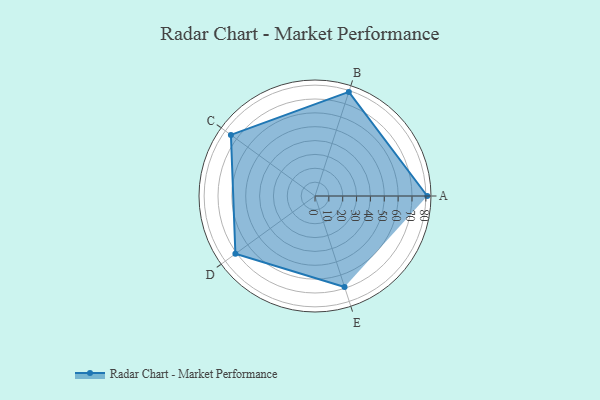
{"axis": {"x": "Skill", "y": "Score"}, "legend": ["Profile"], "data": [{"x": "A", "y": 81.0, "type": "Profile"}, {"x": "B", "y": 79.0, "type": "Profile"}, {"x": "C", "y": 75.0, "type": "Profile"}, {"x": "D", "y": 71.0, "type": "Profile"}, {"x": "E", "y": 69.0, "type": "Profile"}]}